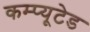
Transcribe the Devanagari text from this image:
कम्प्यूटेड